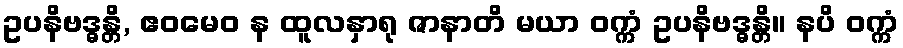
ဥပနိဗဒ္ဓန္တိ, ဧဝမေဝ န ထူလနှာရု ဇာနာတိ မယာ ဝက္ကံ ဥပနိဗဒ္ဓန္တိ။ နပိ ဝက္ကံ